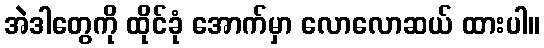
အဲဒါတွေကို ထိုင်ခုံ အောက်မှာ လောလောဆယ် ထားပါ။